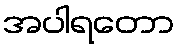
အပါရတော